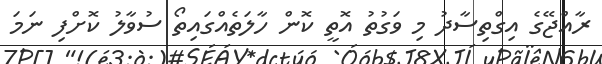
ރާއްޖޭގެ އިގްތިސާދު މި ވަގުތު އޮތީ ކޮން ހާލަތެއްގައިތޯ ސުވާލު ކޮށްފި ނަމަ